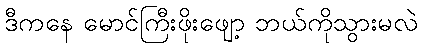
ဒီကနေ မောင်ကြီးဖိုးဖျော့ ဘယ်ကိုသွားမလဲ